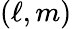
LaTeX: (\ell,m)